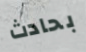
بحادث